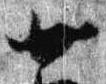
廿